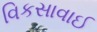
વિકસાવાઈ